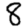
Digit: 8